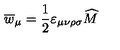
\overline { { w } } _ { \mu } = \frac 1 2 \varepsilon _ { \mu \nu \rho \sigma } \widehat { M }